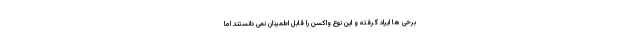
برخی ها ایراد گرفته و این نوع واکسن را قابل اطمینان نمی دانستند اما